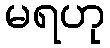
မရဟု